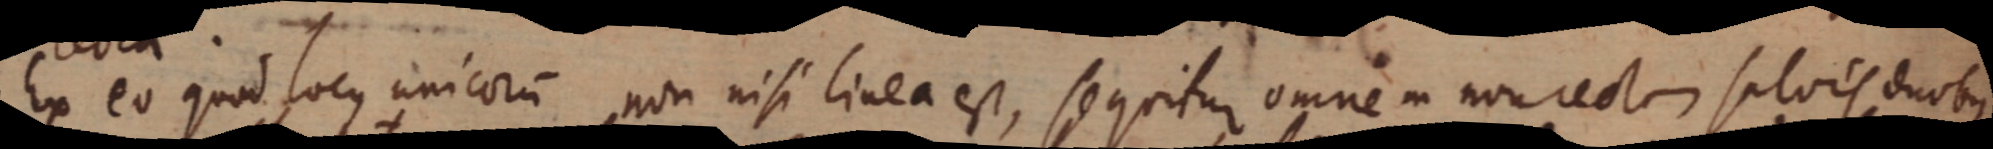
Ex eo quod locus unicorum non nisi linea est, sequitur omne in non recta salois duobus